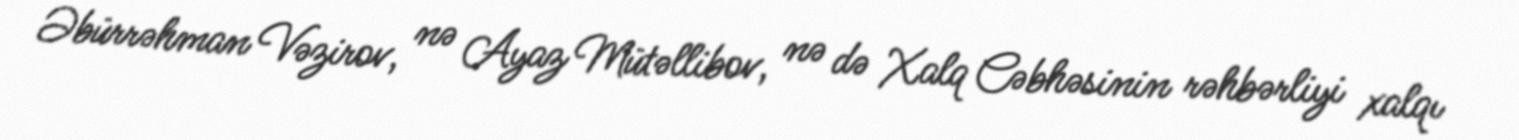
Əbürrəhman Vəzirov, nə Ayaz Mütəllibov, nə də Xalq Cəbhəsinin rəhbərliyi xalqı